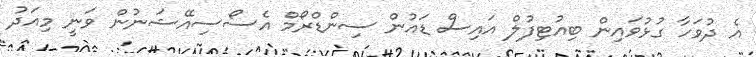
އެ ދުވަހާ ގުޅުވައިން ބިއުޓިފުލް އައިސް ޑައުން ސިންޑްރޯމް އެސޯސިއޭޝަނުން ވަނީ މިއަދު